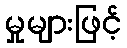
မှုများဖြင့်